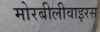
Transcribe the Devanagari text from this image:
मोरबीलीवाइरस